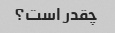
چقدر است؟